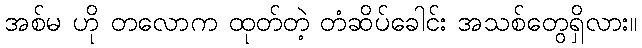
အစ်မ ဟို တလောက ထုတ်တဲ့ တံဆိပ်ခေါင်း အသစ်တွေရှိလား။